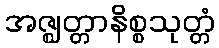
အဇ္ဈတ္တာနိစ္စသုတ္တံ